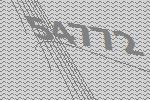
54772